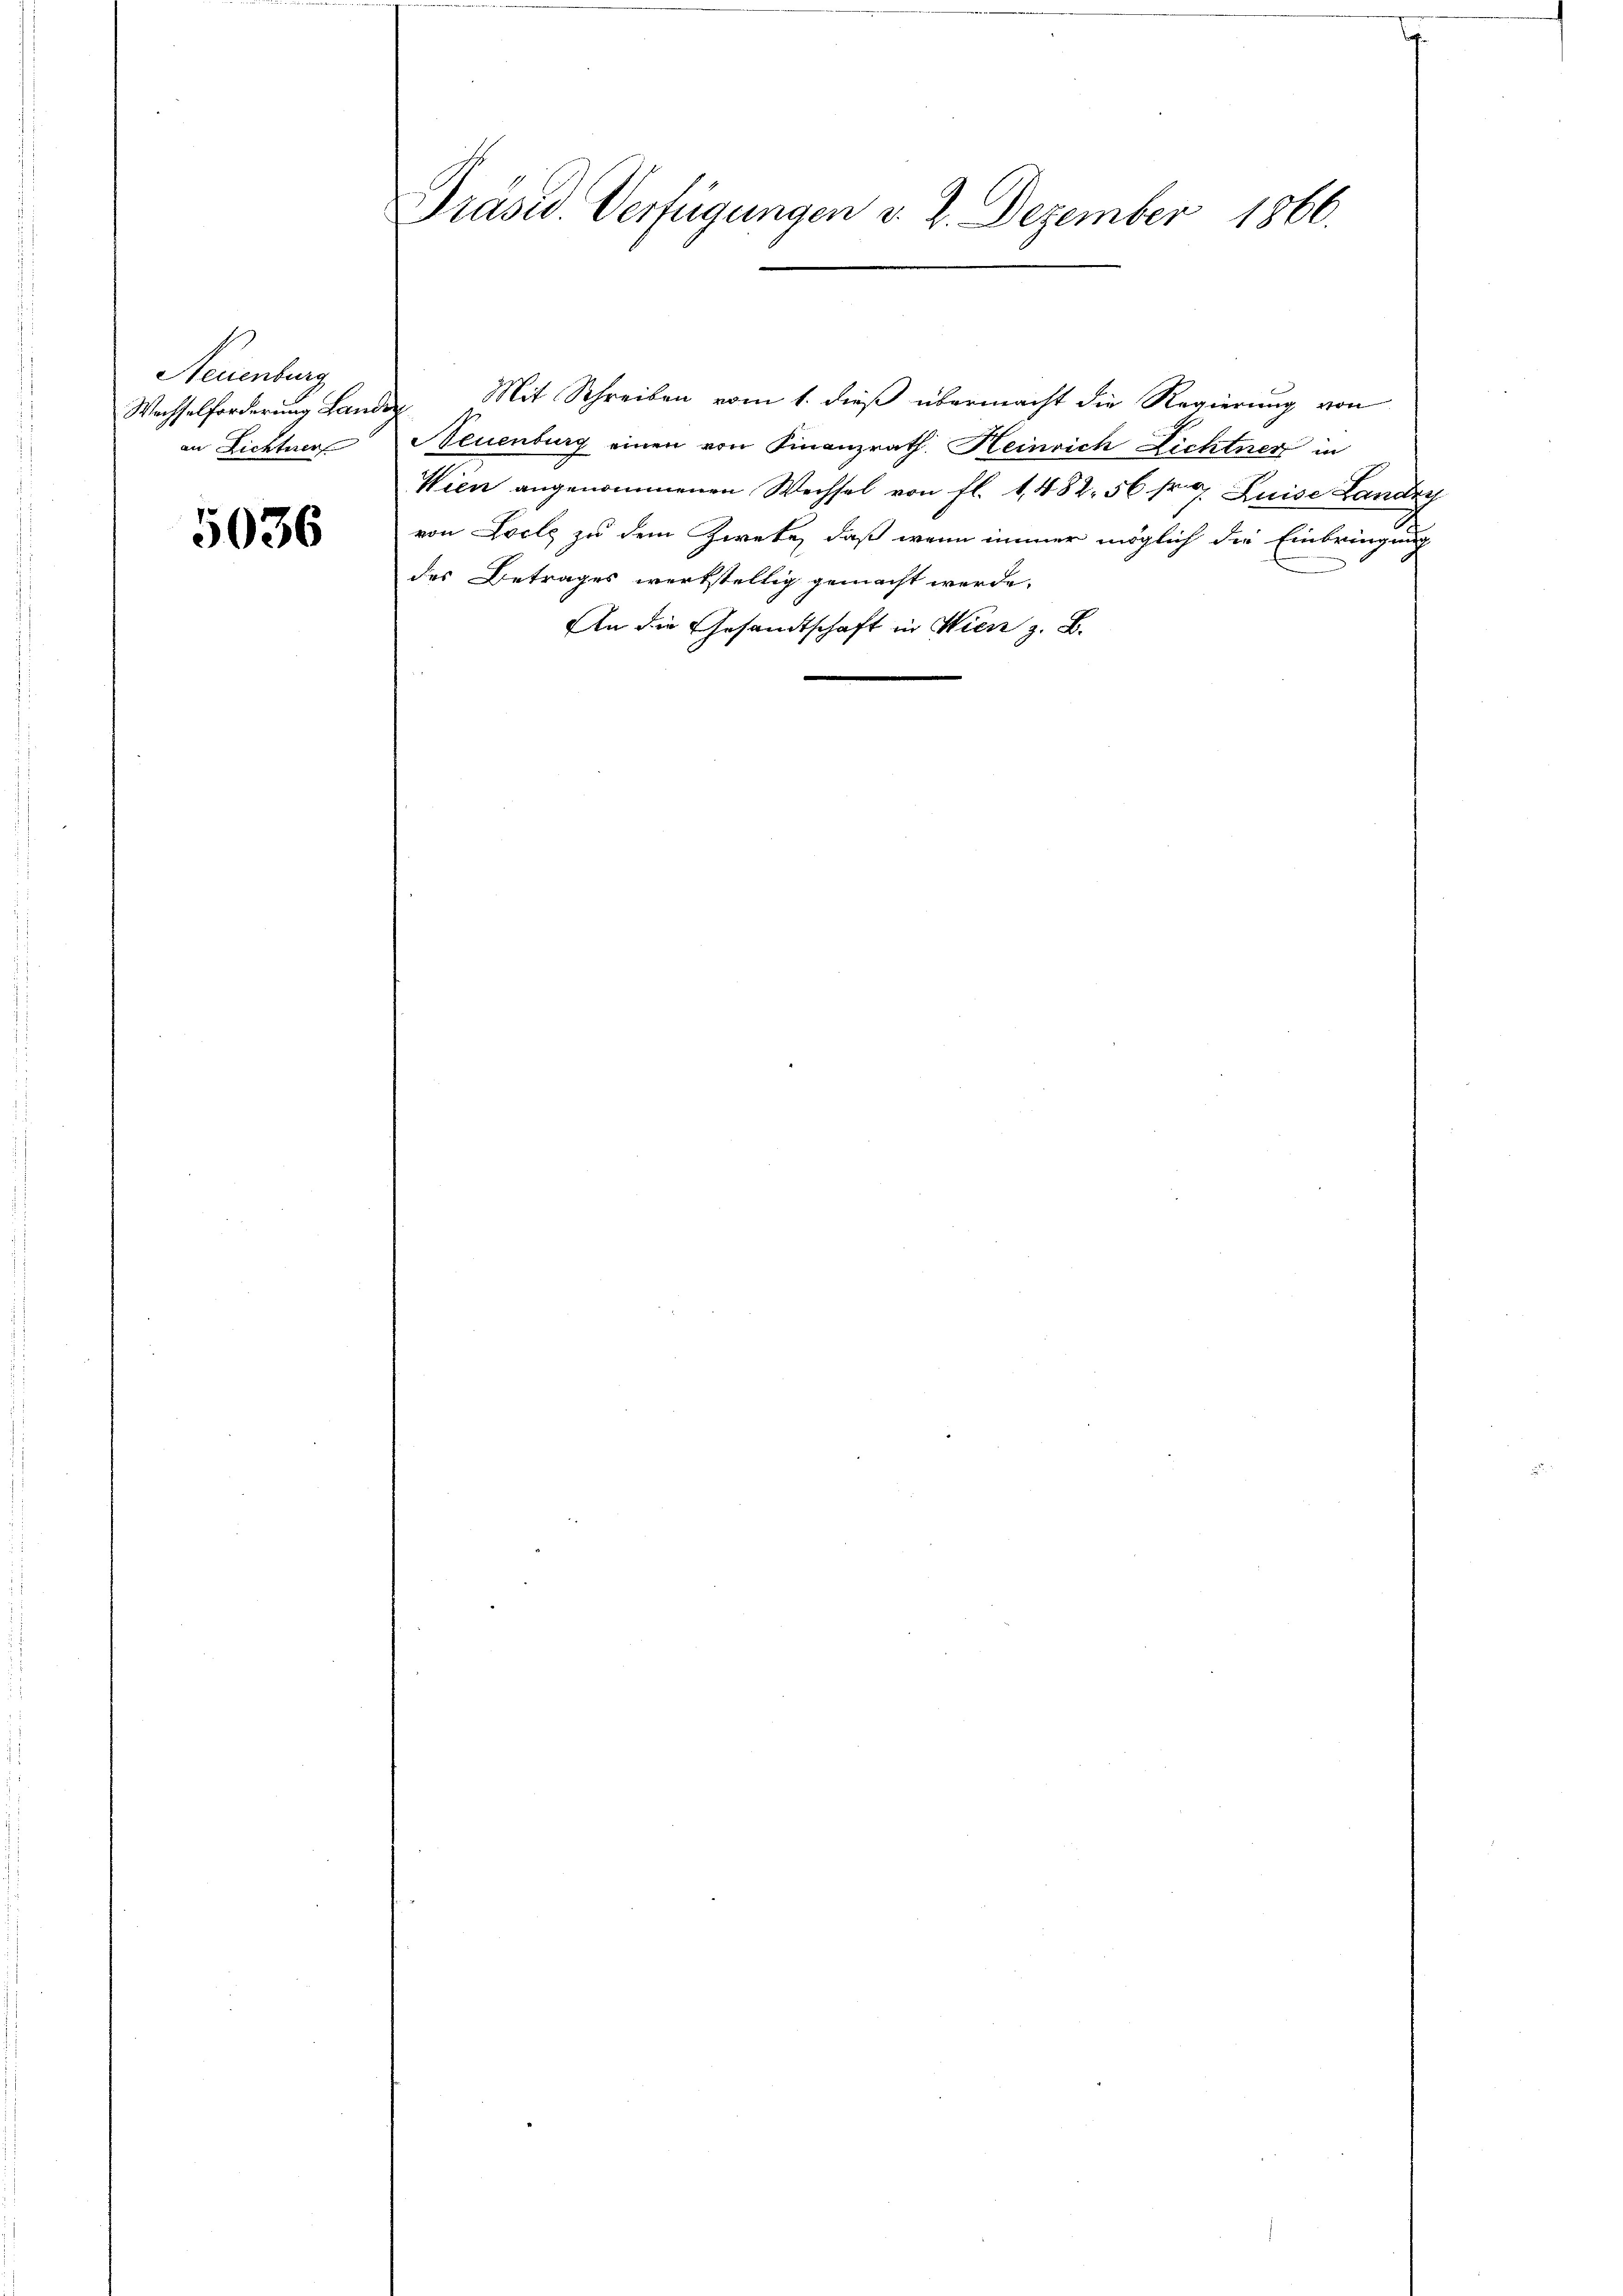
Neuenburg
an Lichterer

5036

Präsid. Verfügungen v. 2. Dezember 1866.

Neuenburg einen von Finanzrath Heinrich Lichtner in
Wien angenommenen Wechsel von fl. 1,482. 56 fr. 77. Luise Landry
von Locke zu dem Zweke, daß wenn immer möglich die Einbringung
des Betrages werkstellig gemacht werde.
An die Gesandtschaft in Wien z. B.

Wechselforderung Landen Mit Schreiben vom 1. dieß übermacht die Regierung von